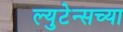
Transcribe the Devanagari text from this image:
ल्युटेन्सच्‍या